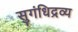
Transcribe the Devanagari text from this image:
सुगंधिद्रव्य